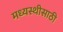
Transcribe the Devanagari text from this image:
मध्यस्थीसाठी